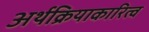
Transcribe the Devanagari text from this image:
अर्थक्रियाकारित्व